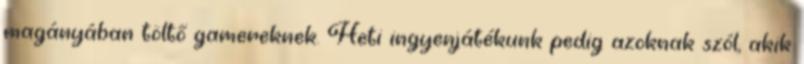
magányában töltő gamereknek. Heti ingyenjátékunk pedig azoknak szól, akik